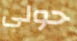
حولى